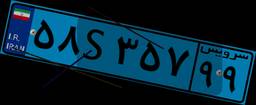
۵۸S۳۵۷۹۹